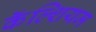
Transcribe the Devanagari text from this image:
कॅॅल्शियम